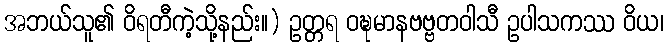
အဘယ်သူ၏ ဝိရတီကဲ့သို့နည်း။) ဥတ္တရ ဝဍ္ဎမာနဗဗ္ဗတဝါသီ ဥပါသကဿ ဝိယ၊